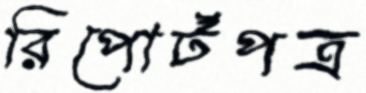
রিপোর্টপত্র